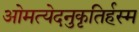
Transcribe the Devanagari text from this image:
ओमत्येदनुकृतिर्हस्म